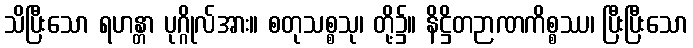
သိပြီးသော ရဟန္တာ ပုဂ္ဂိုလ်အား။ စတုသစ္စသု၊ တို့၌။ နိဋ္ဌိတဉာဏကိစ္စဿ၊ ပြီးပြီးသော